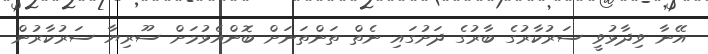
އޭނާ ވިދާޅުވީ ސަރުކާރުގެ ބާރުގެ ދަށުގައި ނެތް ތަންތަނަށް ބޮންއެޅުމަށް ސޫރިޔާ ސަރުކާރުން